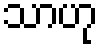
သာဟု